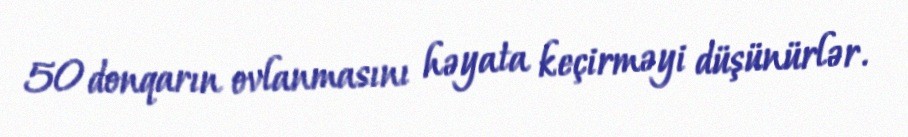
50 donqarın ovlanmasını həyata keçirməyi düşünürlər.